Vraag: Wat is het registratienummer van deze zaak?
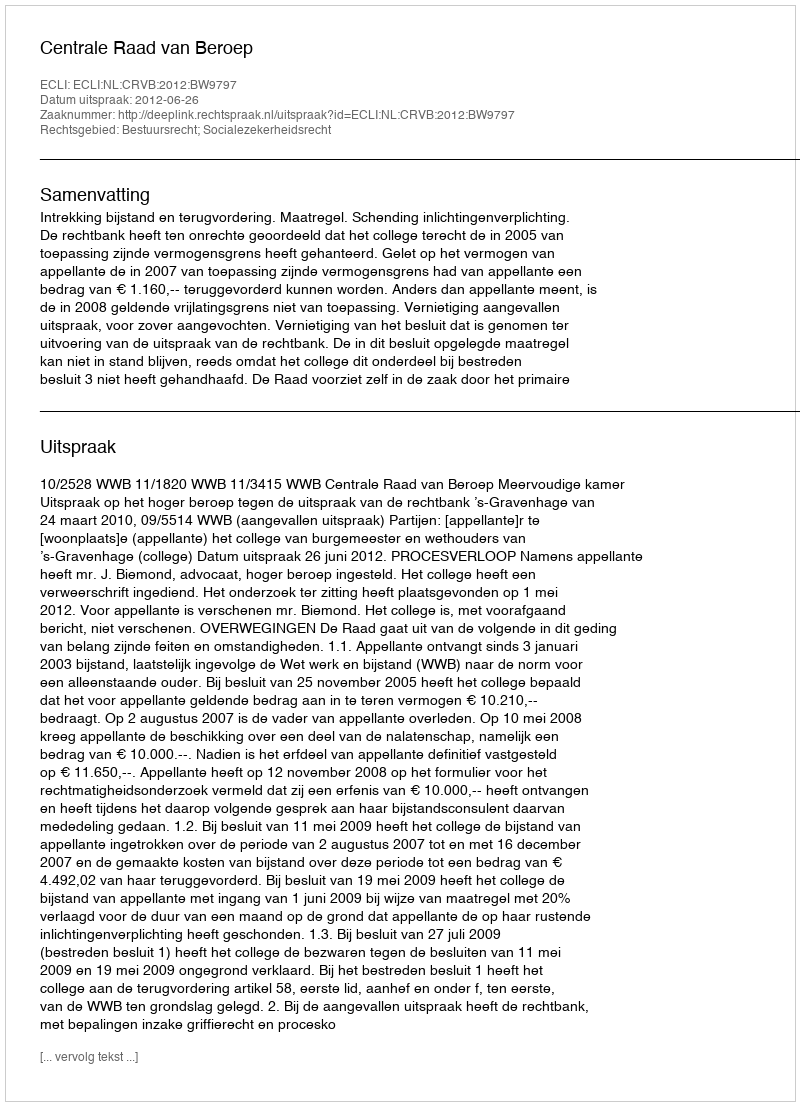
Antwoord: http://deeplink.rechtspraak.nl/uitspraak?id=ECLI:NL:CRVB:2012:BW9797